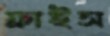
ফ্রাইস